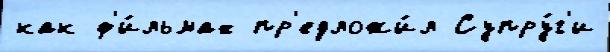
как ф'и́льмах пр'едложи́л Супру́г'и